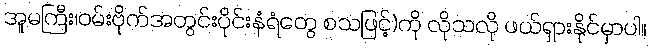
အူမကြီး၊ဝမ်းဗိုက်အတွင်းပိုင်းနံရံတွေ စသဖြင့်)ကို လိုသလို ဖယ်ရှားနိုင်မှာပါ။